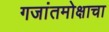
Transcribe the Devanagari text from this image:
गजांतमोक्षाचा